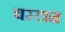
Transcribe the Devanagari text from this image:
चस्टान